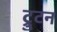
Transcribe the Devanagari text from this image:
ट्रुटन